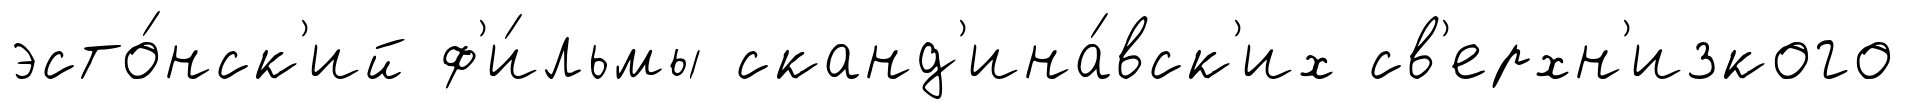
эсто́нск'ий ф'и́льмы сканд'ина́вск'их св'ерхн'изкого